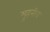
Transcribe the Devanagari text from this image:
मुहनीब